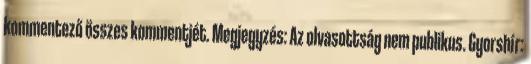
kommentező összes kommentjét. Megjegyzés: Az olvasottság nem publikus. Gyorshír: